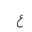
Letter: _ayn